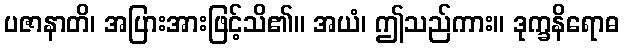
ပဇာနာတိ၊ အပြားအားဖြင့်သိ၏။ အယံ၊ ဤသည်ကား။ ဒုက္ခနိရောဓ